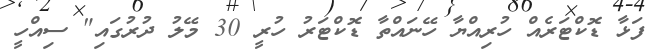
ފަޅާ ޑޮކްޓަރެއް ހުރިއްޔާ ހޭނައްތާ ޑޮކްޓަރު ހުރީ 30 މޭލު ދުރުގައި" ސިއްހީ